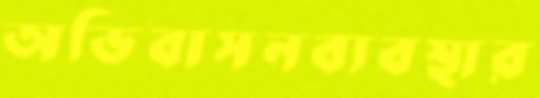
অভিবাসনব্যবস্থার